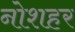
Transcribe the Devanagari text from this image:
नोशहर